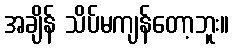
အချိန် သိပ်မကျန်တော့ဘူး။